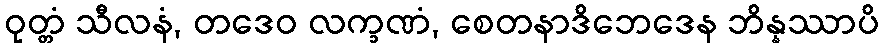
ဝုတ္တံ သီလနံ, တဒေဝ လက္ခဏံ, စေတနာဒိဘေဒေန ဘိန္နဿာပိ